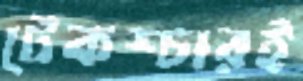
টেকশ্চারই